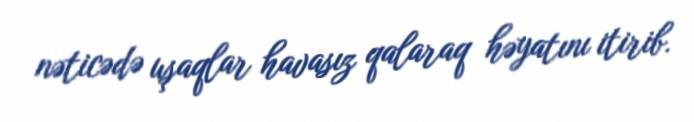
nəticədə uşaqlar havasız qalaraq həyatını itirib.